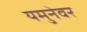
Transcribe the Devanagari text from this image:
यमुनेवर